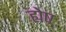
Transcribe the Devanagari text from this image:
ह्येष